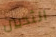
الثديين